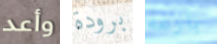
وأعد برودة بارعه